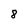
Character: 8